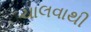
ચાલવાથી